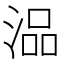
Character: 𰜗